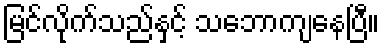
မြင်လိုက်သည်နှင့် သဘောကျနေပြီ။